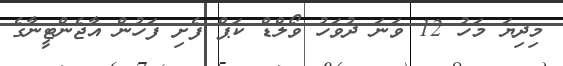
މިދިޔަ މަހު 12 ވަނަ ދުވަހު ވޯލްޑް ކަޕް ފެށި ފަހުން އާޖެންޓީނާގެ